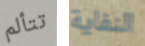
تتألم النفاية